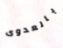
بالعدوى